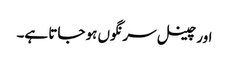
اور چینل سرنگوں ہو جاتا ہے۔